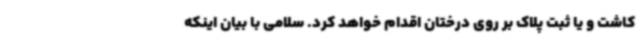
کاشت و یا ثبت پلاک بر روی درختان اقدام خواهد کرد. سلامی با بیان اینکه